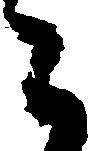
ニ